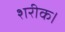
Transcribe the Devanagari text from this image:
शरीक।